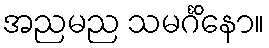
အညမည သမင်္ဂိနော။